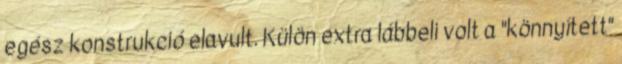
egész konstrukció elavult. Külön extra lábbeli volt a "könnyített"